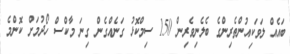
ބައެއް ލަވަކިއުންތެރިންގެ ބެލެނިވެރިން 150 ސިމްކޮޅު ގަނެއްގެން ގިނަ މާކްސް ހޯދުމަށް ކޮންމެ